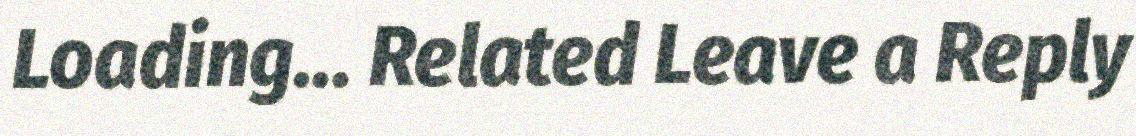
Loading... Related Leave a Reply